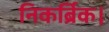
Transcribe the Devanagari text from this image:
निकर्ब्रिक।